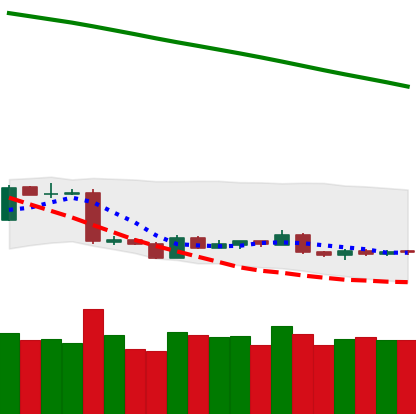
Ticker: BTC-USD
Chart end date: 2019-01-25
Forward return: -3.155%
Label: down_3_5